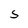
Character: S